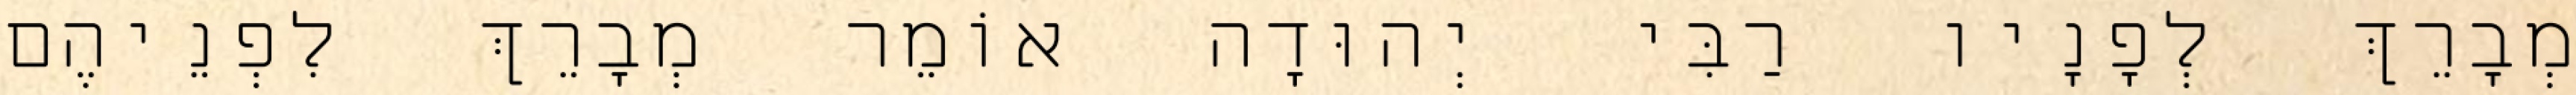
מְבָרֵךְ לְפָנָיו רַבִּי יְהוּדָה אוֹמֵר מְבָרֵךְ לִפְנֵיהֶם